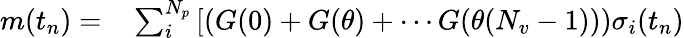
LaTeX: \begin{array}{rl}{m(t_{n})=}&{{}\sum_{i}^{N_{p}}\left[\left(G(0)+G(\theta)+\cdots G(\theta(N_{v}-1))\right)\sigma_{i}(t_{n})\right.}\end{array}